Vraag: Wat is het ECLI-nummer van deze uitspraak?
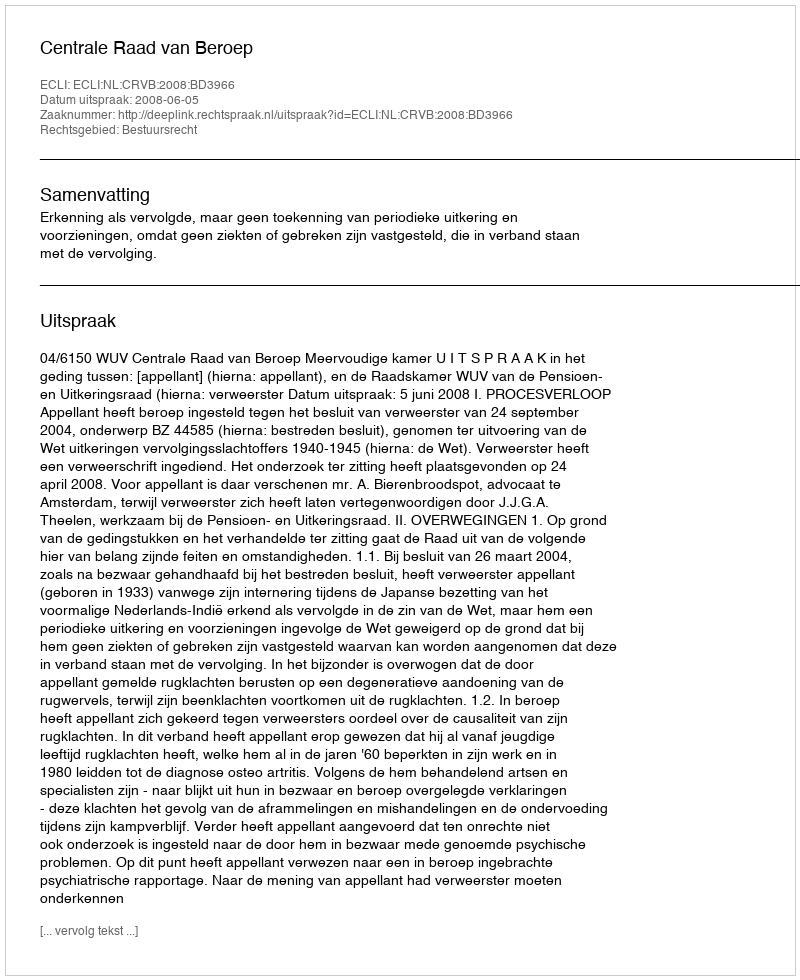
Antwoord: ECLI:NL:CRVB:2008:BD3966